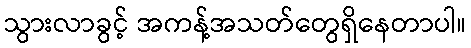
သွားလာခွင့် အကန့်အသတ်တွေရှိနေတာပါ။